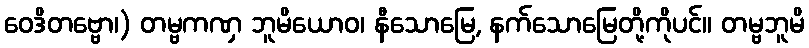
ဝေဒိတဗ္ဗော၊) တမ္ဗကဏှ ဘူမိယောဝ၊ နီသောမြေ, နက်သောမြေတို့ကိုပင်။ တမ္ဗဘူမိ